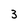
Character: 3